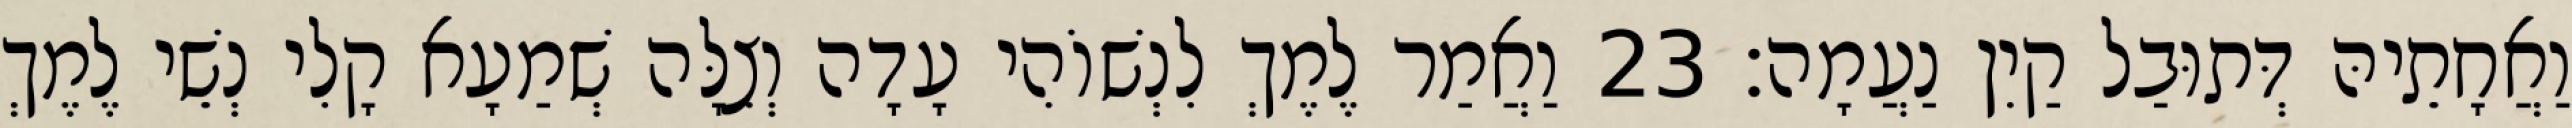
וַאֲחָתֵיהּ דְּתוּבַל קַיִן נַעֲמָה׃ 23 וַאֲמַר לֶמֶךְ לִנְשׁוֹהִי עָדָה וְצִלָּה שְׁמַעָא קָלִי נְשֵׁי לֶמֶךְ